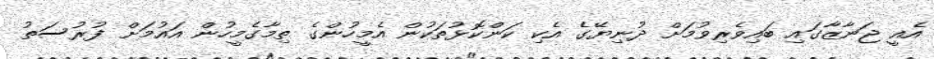
އެއީ ޖަނާޒާގައި ބައިވެރިވުމަށް ދުނިޔޭގެ އެކި ކަންކޮޅުތަކުން އެމީހުންގެ ތިމާގެމީހުން އައުމަށް ފުރުސަތު